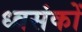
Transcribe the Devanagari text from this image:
ध्वसंकों